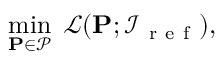
\operatorname* { m i n } _ { \mathbf { P \in \mathscr { P } } } \; \mathscr { L } ( \mathbf { P } ; \mathcal { I } _ { \mathrm { ~ r ~ e ~ f ~ } } ) ,